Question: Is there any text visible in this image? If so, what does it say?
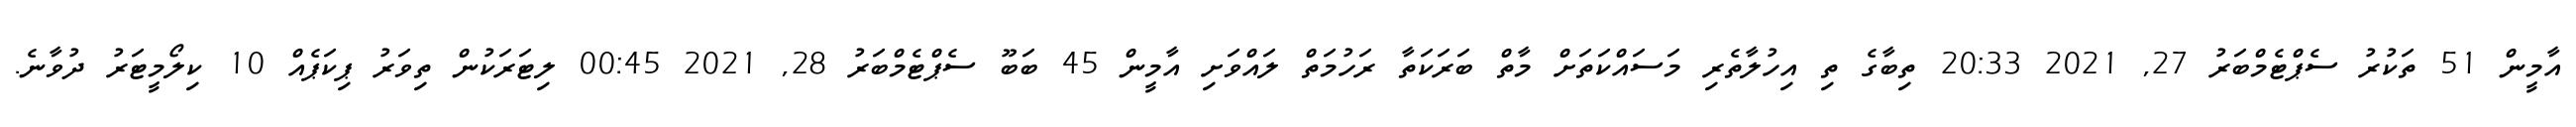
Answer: އާމީން 51 ތަކުރު ސެޕްޓެމްބަރު 27, 2021 20:33 ތިބާގެ ތި އިހުލާތެރި މަސައްކަތަށް މާތް ބަރަކަތާ ރަހުމަތް ލައްވަށި އާމީން 45 ބަބޫ ސެޕްޓެމްބަރު 28, 2021 00:45 ލިޓަރަކުން ތިވަރު ޕިކަޕެއް 10 ކިލޯމީޓަރު ދުވާނެ.